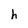
Character: h